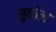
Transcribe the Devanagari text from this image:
सुकोल